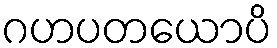
ဂဟပတယောပိ